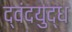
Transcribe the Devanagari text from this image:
द्वंदयुद्ध